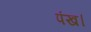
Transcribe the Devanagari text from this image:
पंख।